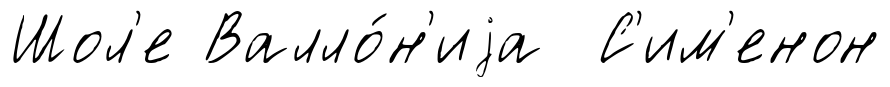
Шол'е Валло́н'иjа С'им'енон